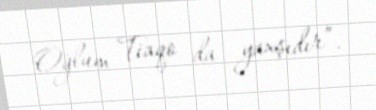
Oğlum Tiaqo da yaxşıdır”.